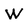
Character: W